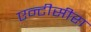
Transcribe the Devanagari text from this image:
एन्टीसीरा